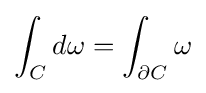
\int _{C}d\omega =\int _{\partial C}\omega